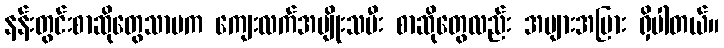
နန်းတွင်းစာဆိုတွေသာမက ကျေးလက်အမျိုးသမီး စာဆိုတွေလည်း အများအပြား ရှိပါတယ်။